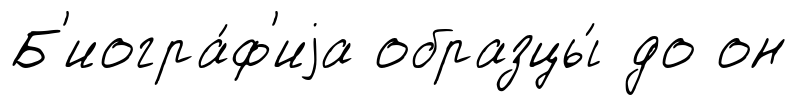
Б'иогра́ф'иjа образцы́ до он